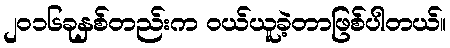
၂၀၁၆ခုနှစ်တည်းက ဝယ်ယူခဲ့တာဖြစ်ပါတယ်။